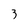
Character: 3